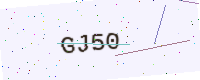
Text: GJ50